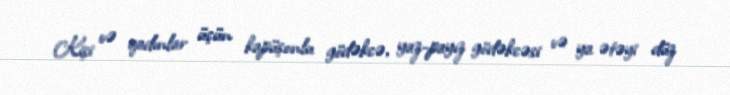
Kişi və qadınlar üçün kapüşonlu gödəkcə, yaz-payız gödəkcəsi və ya ətəyi düz